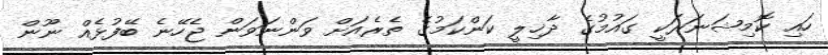
ހައި ކޮމިޝަނަރަކީ ގައުމުގެ ދާޚިލީ ކަންކަމުގެ ތެރެއަށް ވަންނަވަން ޖެހޭނެ ބޭފުޅެއް ނޫން